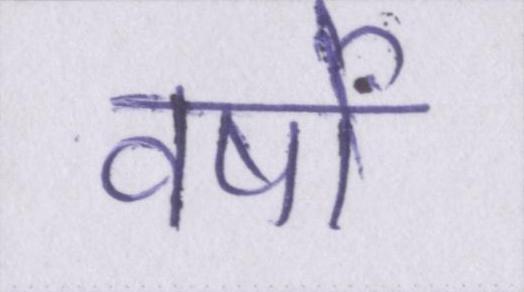
वर्षों